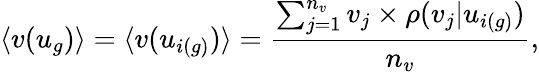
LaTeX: \langle v(u_{g})\rangle=\langle v(u_{i(g)})\rangle=\frac{\sum_{j=1}^{n_{v}}v_{j}\times\rho(v_{j}|u_{i(g)})}{n_{v}},